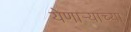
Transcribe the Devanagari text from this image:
येणार्‍याच्या